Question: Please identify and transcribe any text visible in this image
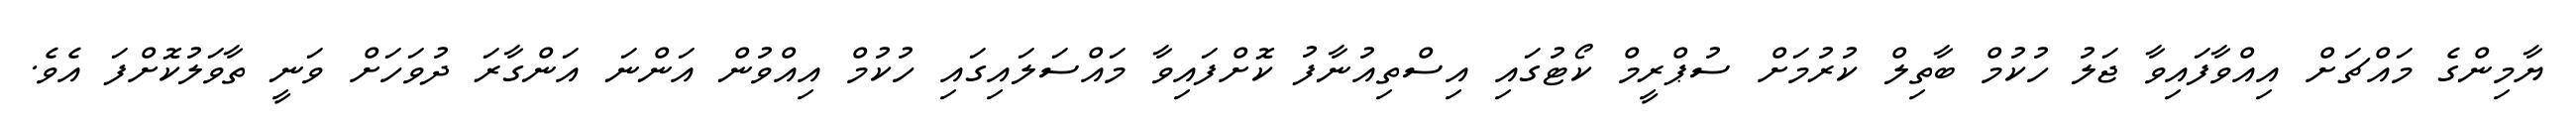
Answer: ޔާމިންގެ މައްޗަށް އިއްވާފައިވާ ޖަލު ހުކުމް ބާތިލް ކުރުމަށް ސުޕްރީމް ކޯޓުގައި އިސްތިއުނާފު ކޮށްފައިވާ މައްސަލައިގައި ހުކުމް އިއްވުން އަންނަ އަންގާރަ ދުވަހަށް ވަނީ ތާވަލުކޮށްފަ އެވެ.